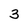
Character: 3